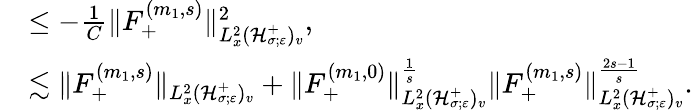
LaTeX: \begin{array}{rl}&{\leq-\frac{1}{C}\| F_{+}^{(m_{1},s)}\| _{L_{x}^{2}(\mathcal H_{\sigma;\varepsilon}^{+})_{v}}^{2},}\\ &{\lesssim\| F_{+}^{(m_{1},s)}\| _{L_{x}^{2}(\mathcal H_{\sigma;\varepsilon}^{+})_{v}}+\| F_{+}^{(m_{1},0)}\| _{L_{x}^{2}(\mathcal H_{\sigma;\varepsilon}^{+})_{v}}^{\frac{1}{s}}\| F_{+}^{(m_{1},s)}\| _{L_{x}^{2}(\mathcal H_{\sigma;\varepsilon}^{+})_{v}}^{\frac{2s-1}{s}}.}\end{array}